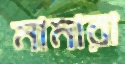
মামারা